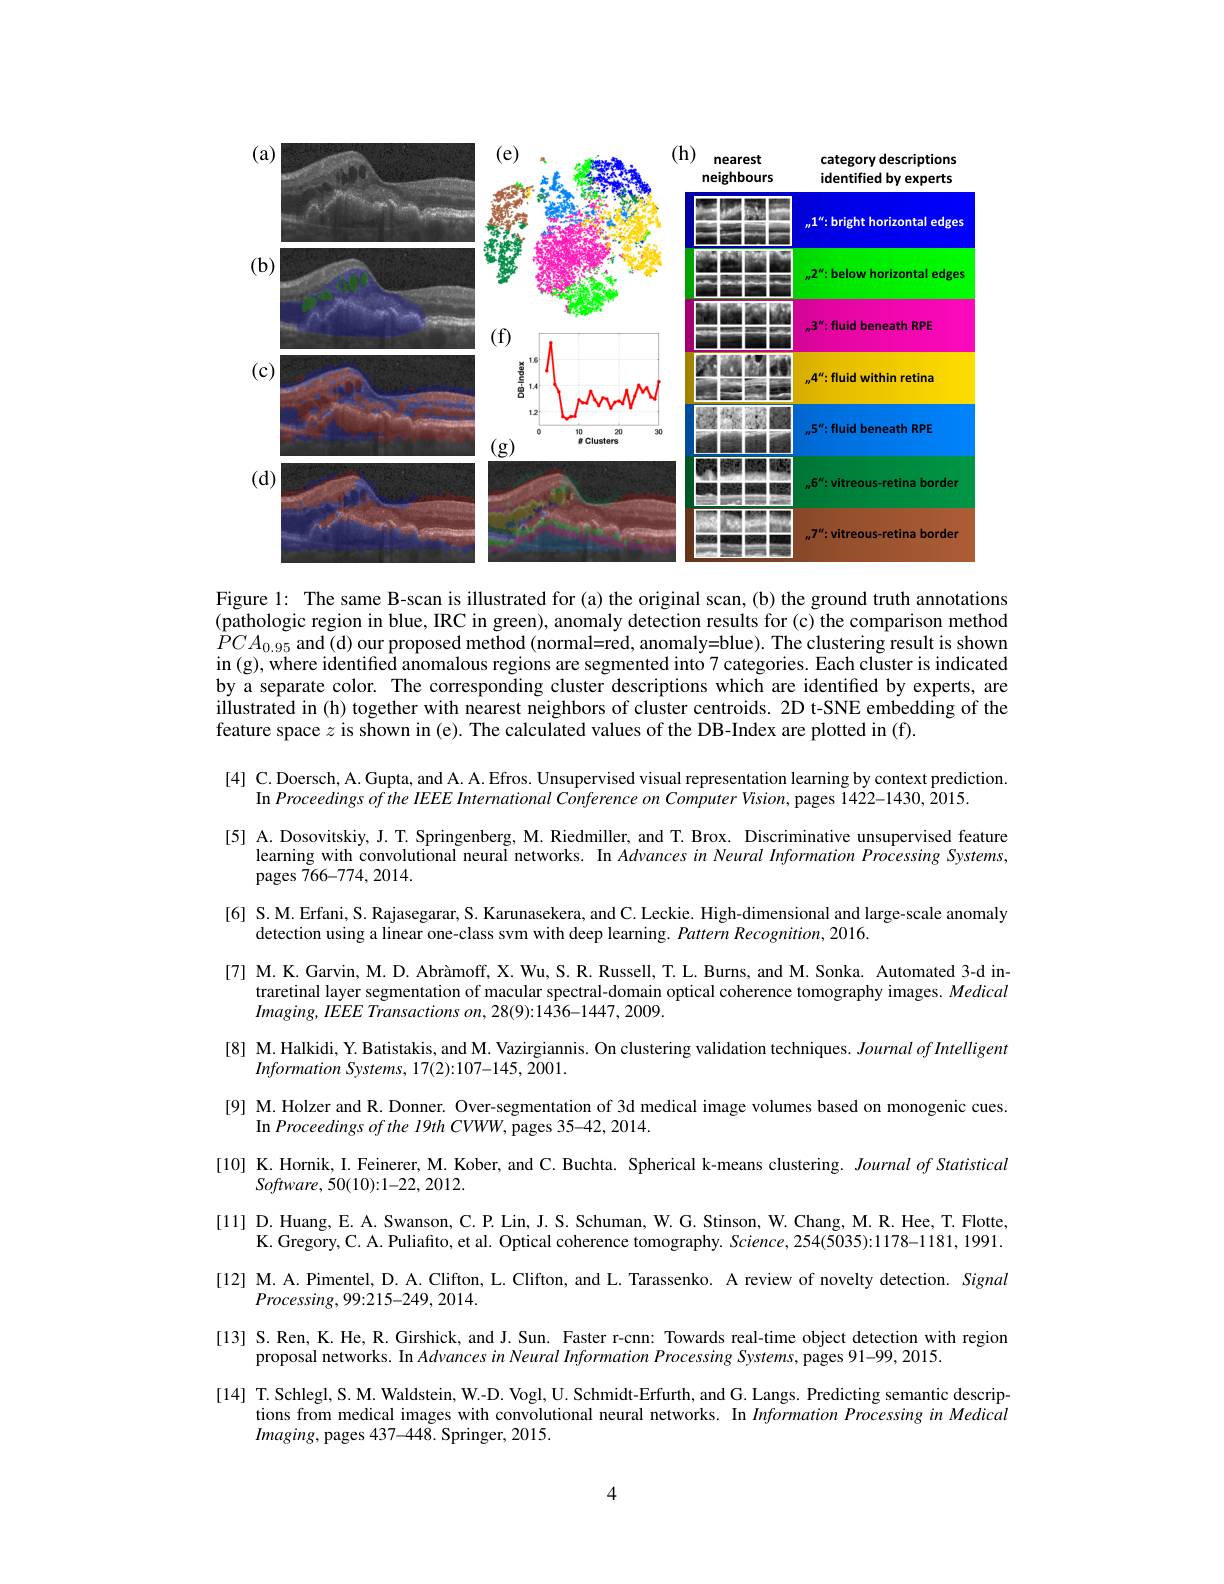
<FigureHere>

Figure l: The same B-scan is illustrated for (a) the original scan, (b) the ground truth annotations (pathologic region in blue, IRC in green), anomaly detection results for (c) the comparison method $\ddot{P} CA_{0. 95}$ and ( d) our proposed method ( normal= red, anomaly= blue) . The clustering result is shown The clustering result is shown in (g), where identified anomalous regions are segmented into 7 categories. Each cluster is indicated by a separate color. The corresponding cluster descriptions which are identified by experts, are illustrated in (h) together with nearest neighbors of cluster centroids. 2D t-SNE embedding of the feature space $z$ is shown in (e). The calculated values of the DB-Index are plotted in (f).
[4] C. Doersch, A. Gupta, and A. A. Efros. Unsupervised visual representation learning by context prediction.
In Proceedings of the IEEE International Conference on Computer Vision, pages 1422-1430, 2015.
[5] A. Dosovitskiy, J. T. Springenberg, M. Riedmiller, and T. Brox. Discriminative unsupervised feature
learning with convolutional neural networks. In Advancesin Neural Information Processing Systems,
pages 766-774,2014.
[6] S. M. Erfani, S. Rajasegarar, S. Karunasekera, and C. Leckie. High-dimensional and large-scale anomaly
detection using a linear one-class svm with deep learning. Pattern Recognition, 2016.
[7] M. K. Garvin, M. D. Abràmoff, X. Wu, S. R. Russell, T. L. Burns, and M. Sonka. Automated 3-d in-
traretinal layer segmentation of macular spectral-domain optical coherence tomography images. Medical
$Imaging, IEEE\textit{ Transactions on, 28( 9) : 1436- 1447, 2009. }$
[8] M. Halkidi, Y. Batistakis, and M. Vazirgiannis. On clustering validation techniques. Journal of Intelligent
Information Systems, 17(2):107-145, 2001.
[9] M. Holzer and R. Donner. Over-segmentation of 3d medical image volumes based on monogenic cues.
In Proceedings of the l9th CVWW, pages 35-42, 2014.
[10] K. Hornik, I. Feinerer, M. Kober, and C. Buchta. Spherical k-means clustering. Journal of Statistical
$Software,50(10):1-22,2012.$
[11] D.Huang, E. A. Swanson, C. P. Lin, J. S. Schuman, W. G. Stinson, W. Chang, M. R. Hee, T. Flotte,
K. Gregory, C. A. Puliafito, et al. Optical coherence tomography. Science, 254(5035):1178-1181, 1991. [12] M. A. Pimentel, D. A. Clifton, L. Clifton, and L. Tarassenko. A review of novelty detection. Signal
$Processing,99:215-249,2014.$
[13] S.Ren, K. He, R. Girshick, and J. Sun. Faster r-cnn: Towards real-time object detection with region
proposal networks. In Advances in Neural Information Processing Systems, pages 91-99, 2015.
[14] T. Schlegl, S. M. Waldstein, W.-D. Vogl, U. Schmidt-Erfurth, and G. Langs. Predicting semantic descrip-
tions from medical images with convolutional neural networks. In Information Processing in Medical
$Imaging$, pages 437-448. Springer, 2015.

4